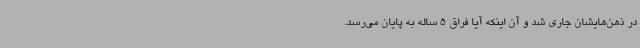
در ذهن‌هایشان جاری شد و آن اینکه آیا فراق 5 ساله به پایان می‌رسد.